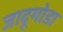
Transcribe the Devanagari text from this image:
जादूगोडा